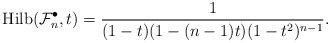
\begin{gather*}{\rm Hilb}(\mathcal{F}_n^{\bullet},t)= {1 \over (1-t)(1-(n-1)t)(1-t^2)^{n-1}}.\end{gather*}